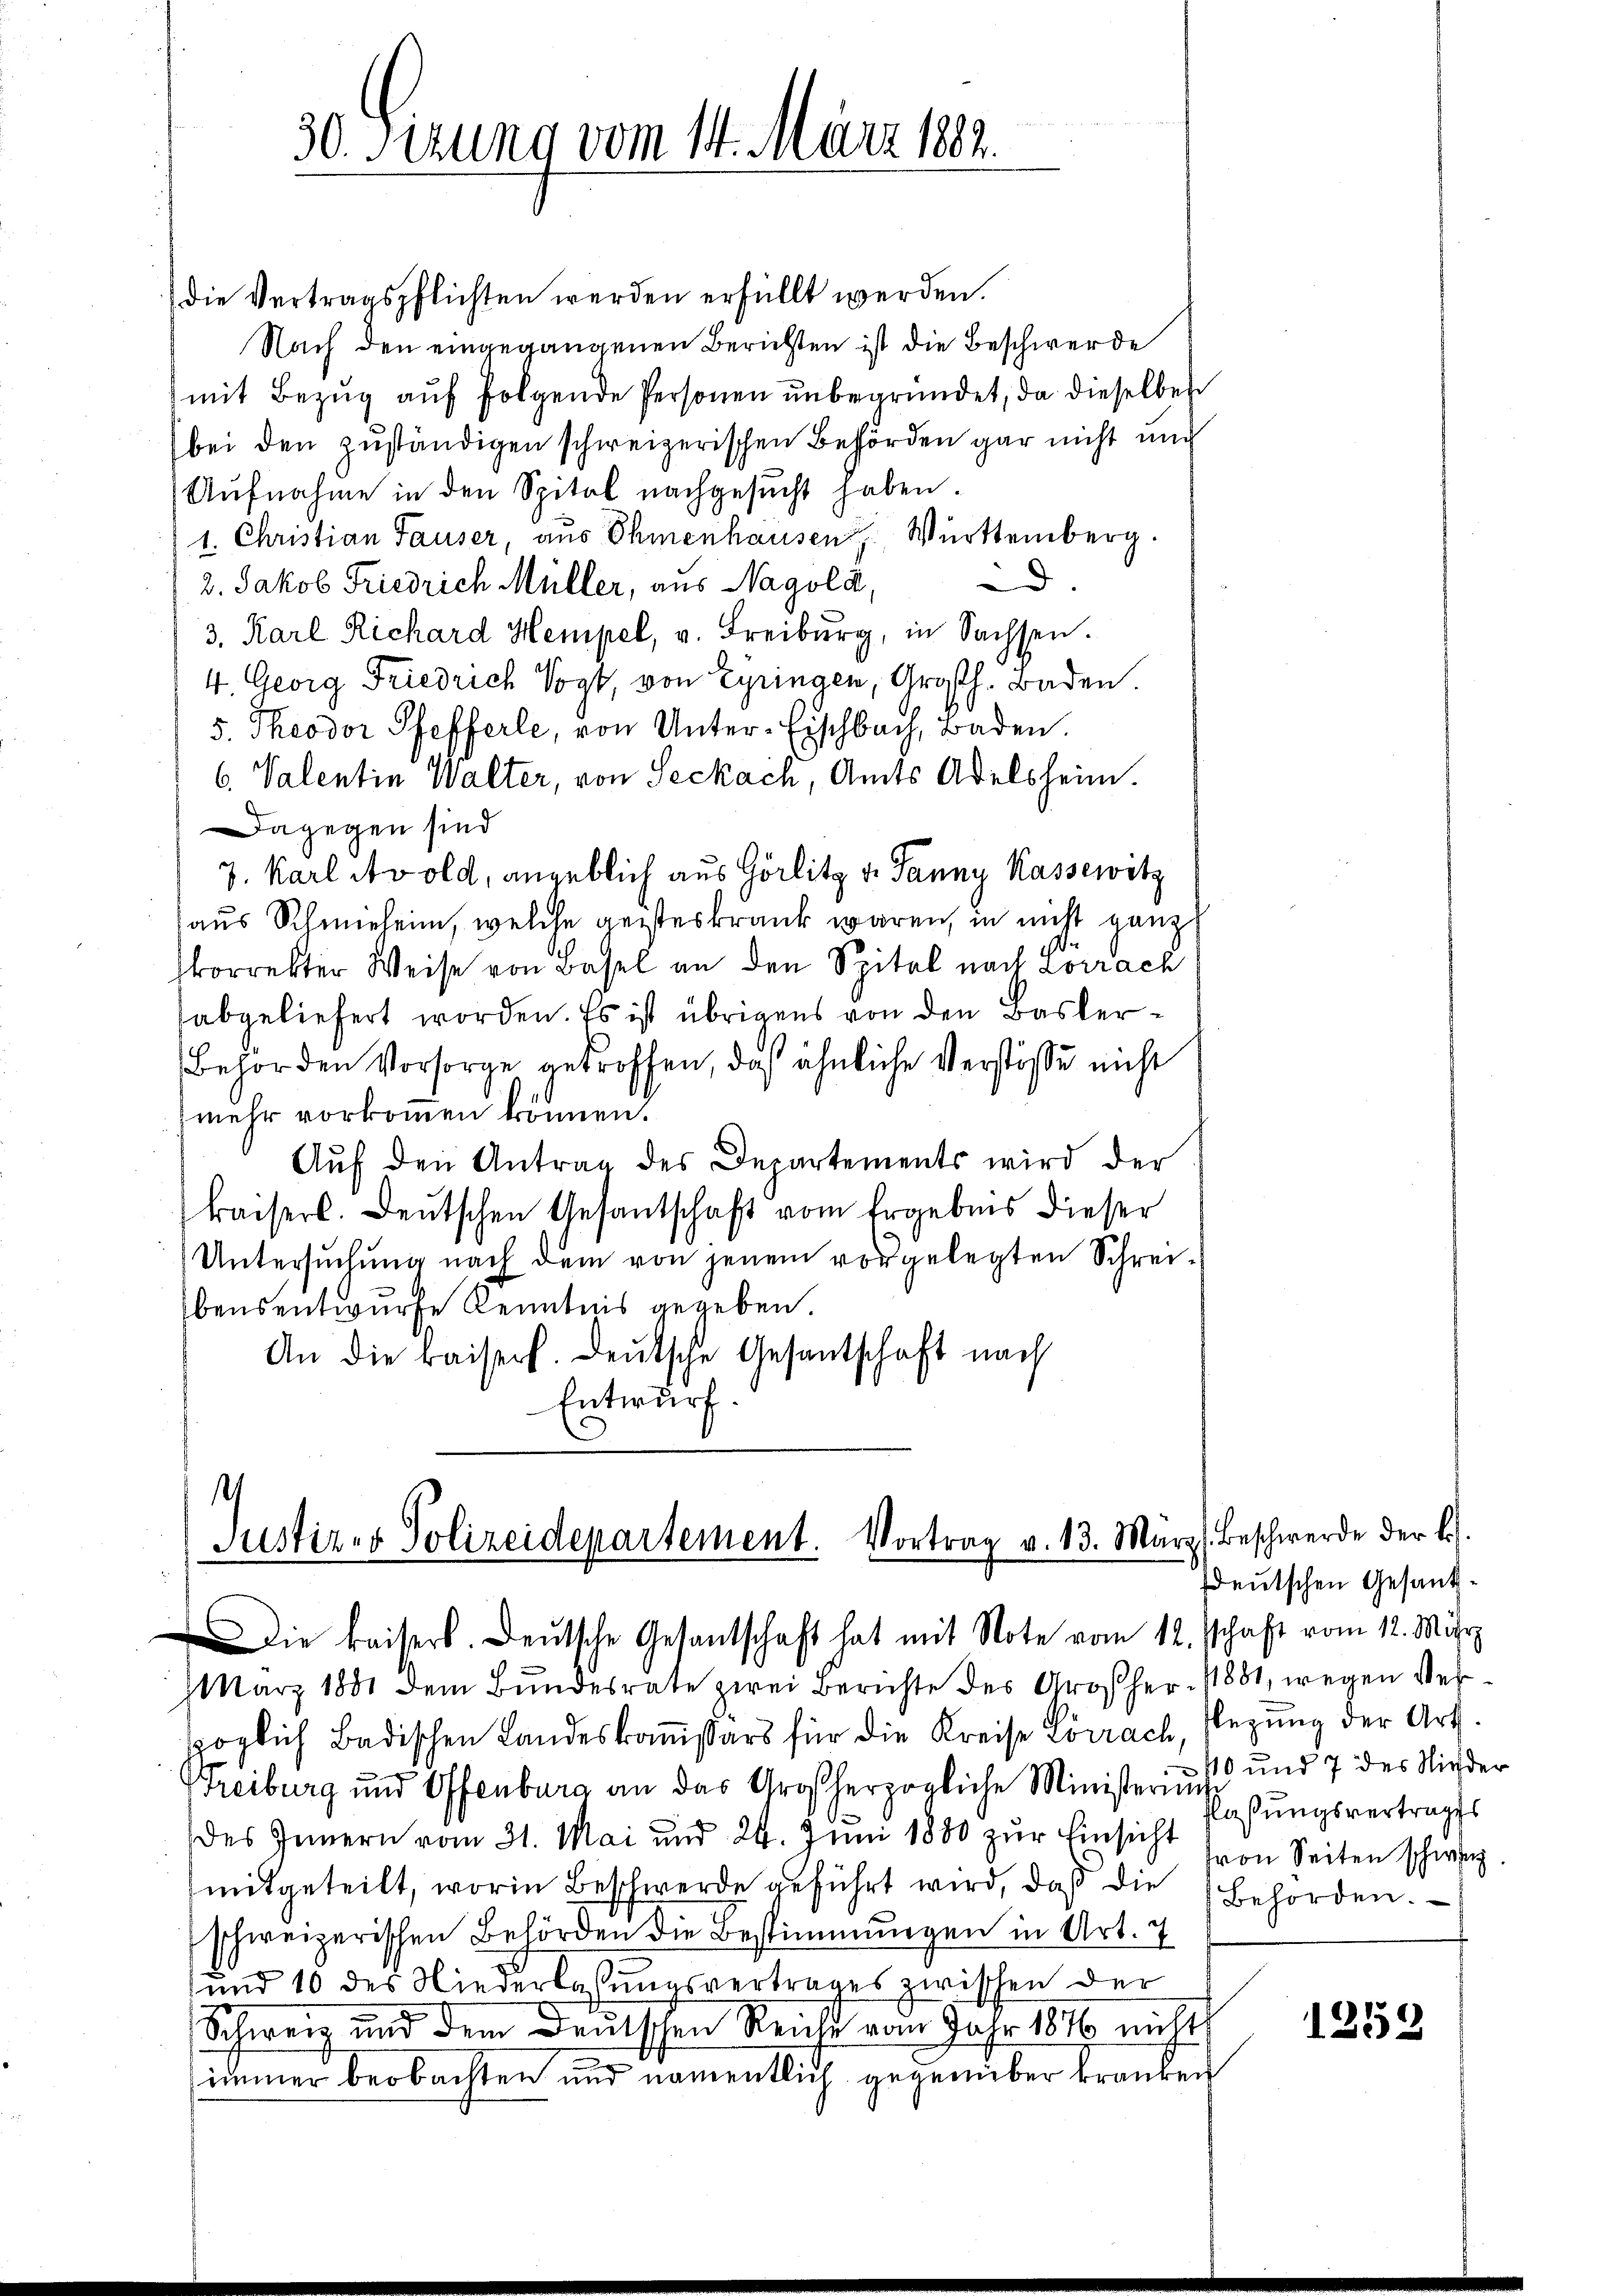
(die Vertragspflichten werden erfüllt werden.
Nach den eingegangenen Berichten ist die Beschwerde
mit Bezug auf folgende Personen unbegründet, da dieselben
bei den zuständigen schweizerischen Behörden gar nicht mich
Aufnahme in den Spital nachgesucht haben.
1. Christian Hauser, aus Ehmenhausen Württemberg.
d
2. Jakob Friedrich Müller, aus Nagold,
3. Karl Richard Hempel, v. Freiburg, in Sachsen.
4. Georg Friedrich Vogt, von Gyringen, Großh. Baden.
5. Theodor Pfefferle, von Unter-Eischbach, Baden.
6. Valentin Walter, von Seckach, Amts Adelsheim.
Dagegen sind
7. Karl Avold, angeblich aus Görlitz v. Janny Kassewitz
aus Schmieheim, welche geisteskrank waren, in nicht ganz
korrekter Weise von Basel an den Spital nach Lörrach
abgeliefert worden. Es ist übrigens von den Basler¬
Behörden Vorsorge getroffen, daß ähnliche Verstösse nicht
mehr vorkommen können.
Aŭf den Antrag des Departements wird der
kaisers. Deutschen Gesantschaft vom Ergebnis dieser
Untersuchung nach dem von jenem vorgelegten Schrei¬
Ebensentwurfe Kenntnis gegeben.
An die kaisers. Deutsche Gesantschaft nach
Entwurf.

30 Sizung vom 14. März 182.

.
Justiz- & Polizeidepartement. Vortrag v. 13. März (Beschwerde der L.
ie kaisers. Deutsche Gesantschaft hat mit Note vom 12. Schaft vom 12. März

März 1881 dem Bundesrate zwei Berichte des Großher. 11881, wegen Veröglich Badischen Landeskommißärs für die Kreise Lörrach Legung der Art.
Treiburg und Offenburg an das Großherzogliche Ministerius und 7 des Nieder
des Innern vom 31. Mai und 24. Juni 1880 zur Einsicht
mitgeteilt, worin Beschwerde geführt wird, daβ die Behörden.
schweizerischen Behörden die Bestimmungen in Art. 7
und 10 des Niederlassungsvertrages zwischen der
Schweiz und dem Deutschen Reicht vom Jahr 1818 nichts
immer beobachten und namentlich gegenüber kranken

deutschen Gesandflaßungsvertrages
von Seiten schweiz.

1253